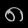
Digit: ၈